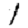
Digit: 1